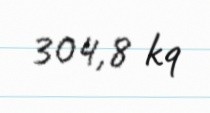
304,8 kq